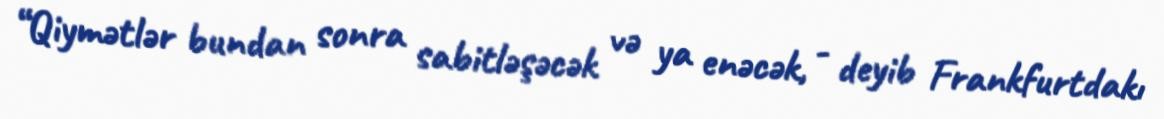
“Qiymətlər bundan sonra sabitləşəcək və ya enəcək, - deyib Frankfurtdakı